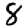
Digit: 8